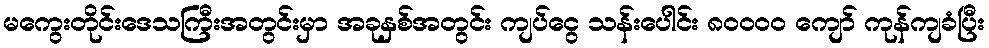
မကွေးတိုင်းဒေသကြီးအတွင်းမှာ အခုနှစ်အတွင်း ကျပ်ငွေ သန်းပေါင်း ၈၀၀၀၀ ကျော် ကုန်ကျခံပြီး